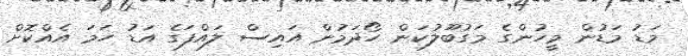
މަޑު މަޑުން މީހުންގެ މަގުބޫލުކަން ހޯދަމުން އައިސް ލައްފަގެ އަޑު ހަމަ އެއްކޮށް